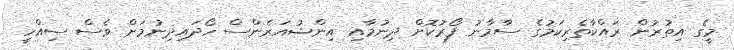
މީގެ އިތުރުން ރައްކާތެރިކަމުގެ ސާމާނު ފޯރުކޮށް ދިނުމާއި އިންޝުއަރެންސް ހޯދައިދިނުމަށް ވެސް ސިއްހީ